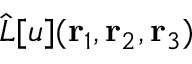
\hat { L } [ u ] ( { \mathbf { r } _ { 1 } } , { \mathbf { r } _ { 2 } } , { \mathbf { r } _ { 3 } } )